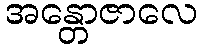
အန္တောဇာလေ